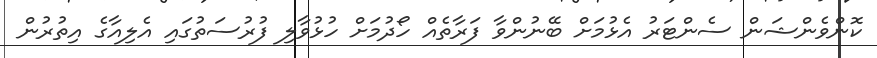
ކޮންވެންޝަން ސެންޓަރު އެޅުމަށް ބޭނުންވާ ފަރާތެއް ހޯދުމަށް ހުޅުވާލި ފުރުސަތުގައި އެލިއާގެ އިތުރުން